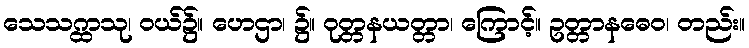
သေသဂ္ထာသု၊ ဝယ်၌။ ဟေဌာ၊ ၌။ ဝုတ္တနယတ္တာ၊ ကြောင့်။ ဥတ္တာနဓေဝ၊ တည်း။